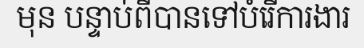
មុន បន្ទាប់ពីបានទៅបំរើការងារ